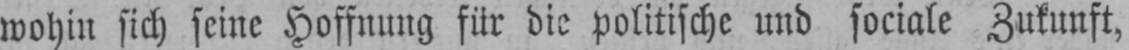
wohin sich seine Hoffnung für die politische und sociale Zukunft,